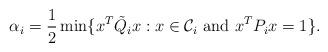
LaTeX: \begin{align*}\alpha_i = \frac{1}{2}\min\{x^T\tilde{Q}_i x: x \in \mathcal{C}_i \mbox{ and } x^TP_ix = 1 \}.\end{align*}